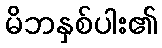
မိဘနှစ်ပါး၏